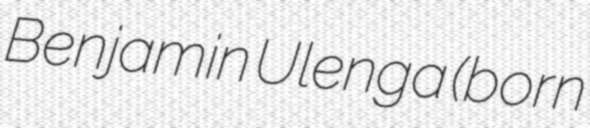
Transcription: Benjamin Ulenga (born